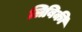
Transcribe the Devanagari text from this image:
लिबिकी